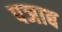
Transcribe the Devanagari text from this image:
पञाब